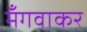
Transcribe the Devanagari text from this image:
मँगवाकर